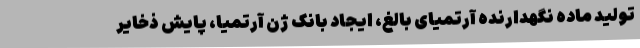
تولید ماده نگهدارنده آرتمیای بالغ، ایجاد بانک ژن آرتمیا، پایش ذخایر